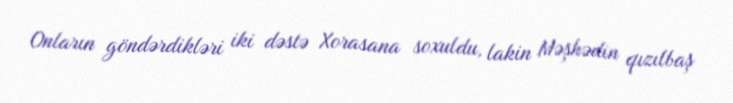
Onların göndərdikləri iki dəstə Xorasana soxuldu, lakin Məşhədin qızılbaş